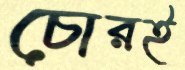
চোরই